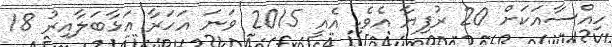
ހިއްސާއަކަށް 20 ރުފިޔާ އެވެ. އެއީ 2015 ވަނަ އަހަރާ އަޅާބަލާއިރު 18